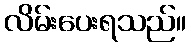
လိမ်းပေးရသည်။